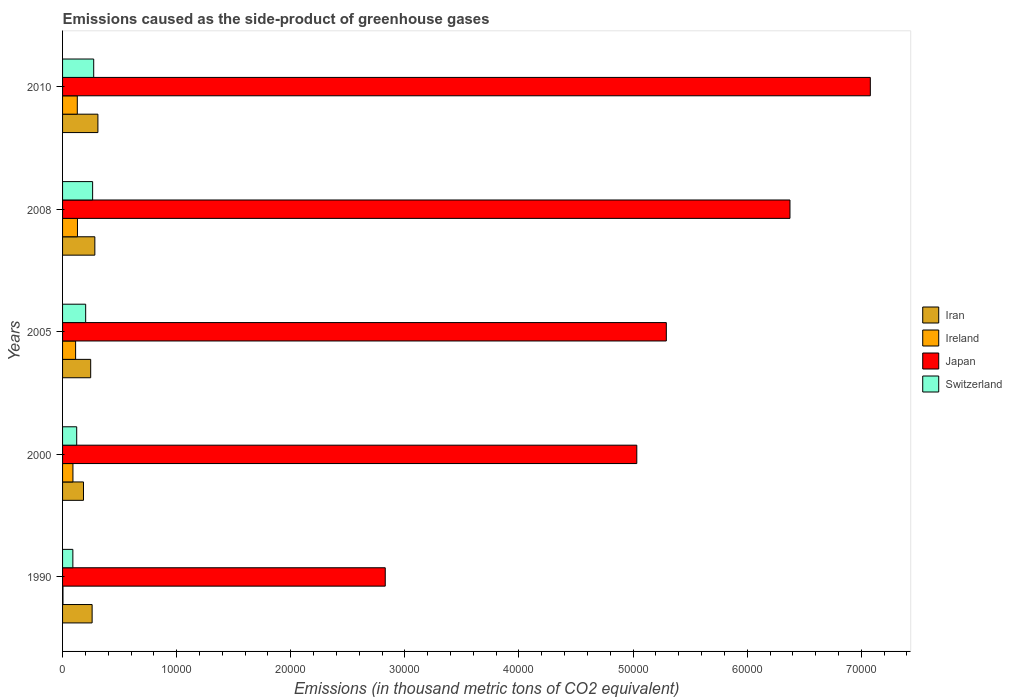
| Years | Iran | Ireland | Japan | Switzerland |
 | --- | --- | --- | --- | --- |
 | 1990 | 2.59e+03 | 36.4 | 2.83e+04 | 903 |
 | 2000 | 1.83e+03 | 908 | 5.03e+04 | 1.24e+03 |
 | 2005 | 2.46e+03 | 1.14e+03 | 5.29e+04 | 2.02e+03 |
 | 2008 | 2.83e+03 | 1.31e+03 | 6.38e+04 | 2.63e+03 |
 | 2010 | 3.1e+03 | 1.29e+03 | 7.08e+04 | 2.73e+03 |